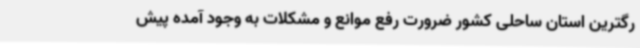
رگترین استان ساحلی کشور ضرورت رفع موانع و مشکلات به وجود آمده پیش